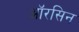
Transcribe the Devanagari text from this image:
ऑरसिन